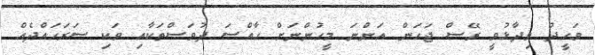
ވަހީދު ވިދާޅުވީ ރޭސް ޖަހަން އަންނަ މީހުންނަށް ހާއްސަ ދުވަސްތަކާއި ވަކި ސަރަހައްދެއް